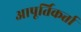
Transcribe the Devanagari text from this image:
आपूर्तिकर्त्ता